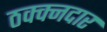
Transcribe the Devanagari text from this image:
ठक्क्नदार